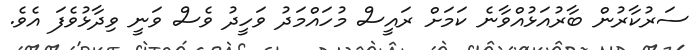
ސަރުކާރުން ބާރުއަޅުއްވާނެ ކަމަށް ރައީސް މުހައްމަދު ވަހީދު ވެސް ވަނީ ވިދާޅުވެފަ އެވެ.